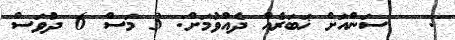
:   ސަންއަށް ޚަބަރެއް ދެއްވުމަށް: 3 މަސް 6 ދުވަސް